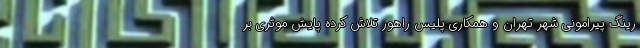
رینگ پیرامونی شهر تهران و همکاری پلیس راهور تلاش کرده پایش موثری بر